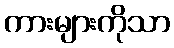
ကားများကိုသာ